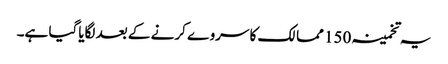
یہ تخمینہ 150 ممالک کا سروے کرنے کے بعد لگایاگیا ہے۔